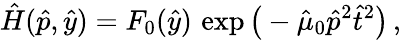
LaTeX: \hat{H}(\hat{p},\hat{y})=F_{0}(\hat{y})\, \exp\big(-\hat{\mu}_{0}\hat{p}^{2}\hat{t}^{2}\big)\, ,